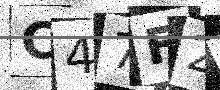
Text: C47F2N